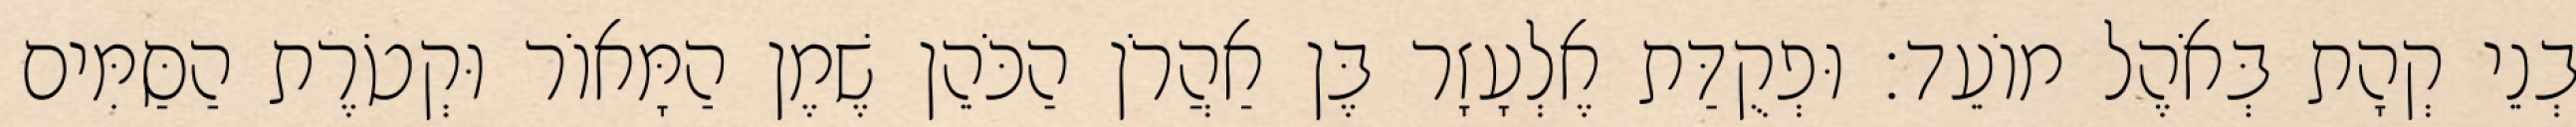
בְנֵי קְהָת בְּאֹהֶל מוֹעֵד׃ וּפְקֻדַּת אֶלְעָזָר בֶּן אַהֲרֹן הַכֹּהֵן שֶׁמֶן הַמָּאוֹר וּקְטֹרֶת הַסַּמִּים